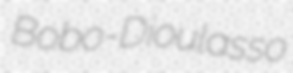
Bobo-Dioulasso